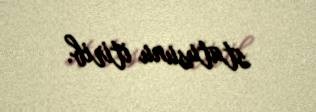
statusunu itirib.